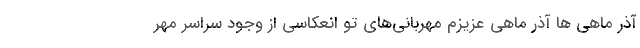
آذر ماهی ها آذر ماهی عزیزم مهربانی‌هاي‌ تو انعکاسی از وجود سراسر مهر